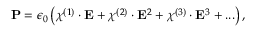
\mathbf { P } = \epsilon _ { 0 } \left( \chi ^ { ( 1 ) } \cdot \mathbf { E } + \chi ^ { ( 2 ) } \cdot \mathbf { E } ^ { 2 } + \chi ^ { ( 3 ) } \cdot \mathbf { E } ^ { 3 } + . . . \right) ,